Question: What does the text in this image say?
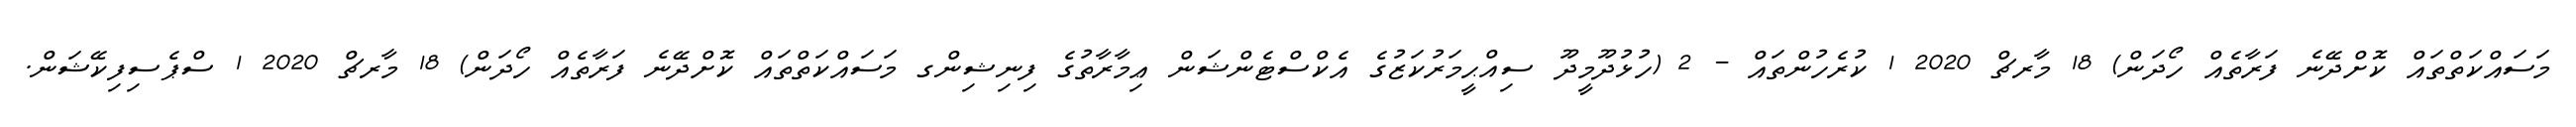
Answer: މަސައްކަތްތައް ކޮށްދޭނެ ފަރާތެއް ހޯދަން) 18 މާރޗް 2020 1 ކުރެހުންތައް - 2 (ހުޅުދޫމީދޫ ސިއްޙީމަރުކަޒުގެ އެކްސްޓެންޝަން ޢިމާރާތުގެ ފިނިޝިންގ މަސައްކަތްތައް ކޮށްދޭނެ ފަރާތެއް ހޯދަން) 18 މާރޗް 2020 1 ސްޕެސިފިކޭޝަން.